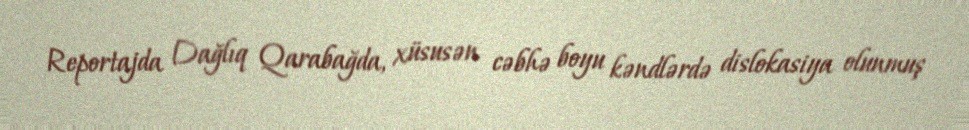
Reportajda Dağlıq Qarabağda, xüsusən cəbhə boyu kəndlərdə dislokasiya olunmuş